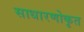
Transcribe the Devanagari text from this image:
साधारणोकृत